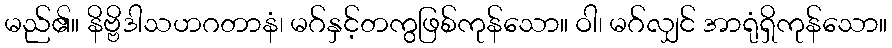
မည်၏။ နိဗ္ဗိဒါသဟဂတာနံ၊ မဂ်နှင့်တကွဖြစ်ကုန်သော။ ဝါ၊ မဂ်လျှင် အာရုံရှိကုန်သော။